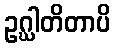
ဥဂ္ဃါတိတာပိ